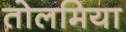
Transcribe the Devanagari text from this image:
तोलमिया